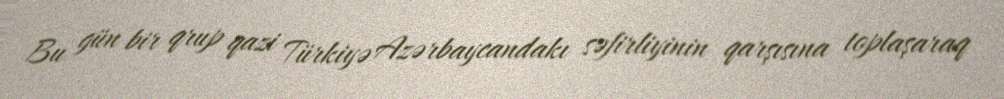
Bu gün bir qrup qazi Türkiyə Azərbaycandakı səfirliyinin qarşısına toplaşaraq